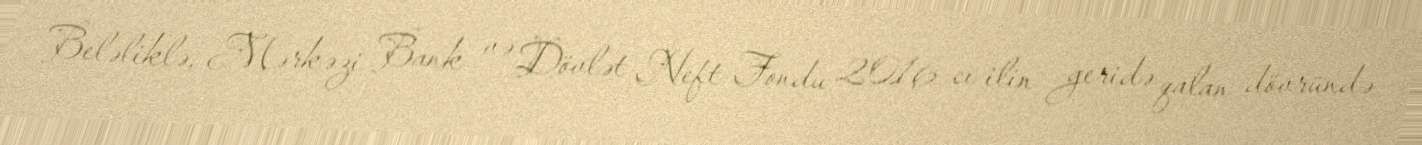
Beləliklə, Mərkəzi Bank və Dövlət Neft Fondu 2016-cı ilin geridə qalan dövründə